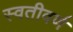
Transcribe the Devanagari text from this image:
स्वतीवर्ण